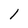
Character: l